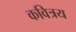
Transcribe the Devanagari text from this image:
कवित्रय